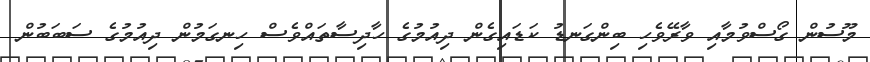
މޫސުން ގޯސްވުމާއި ވާރޭވެހި ބިންގަނޑު ކަޑައިގެން ދިއުމުގެ ހާދިސާތައްވެސް ހިނގަމުން ދިއުމުގެ ސަބަބުން